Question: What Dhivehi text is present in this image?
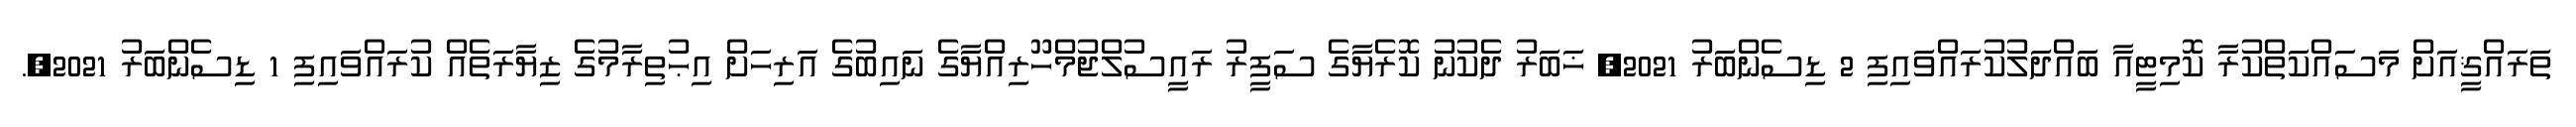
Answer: ތަރައްޤީއަށް މަސައްކަތްކުރާ ކޮމިޓީއާ ބައްދަލުކުރައްވައިފި 2 ޑިސެންބަރު 2021, ޚަބަރު ދެކުނު ކޮރެޔާގެ ސަފީރު ރައީސުލްޖުމްހޫރިއްޔާގެ ނައިބުގެ އަރިހަށް އިޙުތިރާމުގެ ޒިޔާރަތެއް ކުރައްވައިފި 1 ޑިސެންބަރު 2021,.